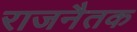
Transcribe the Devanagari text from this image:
राजनैतक